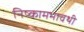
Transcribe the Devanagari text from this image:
निष्कामभावथी